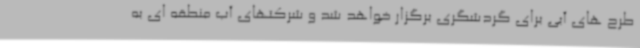
طرح های آبی برای گردشگری برگزار خواهد شد و شرکتهای آب منطقه ای به